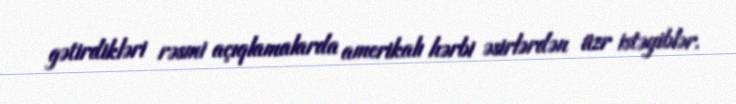
gətirdikləri rəsmi açıqlamalarda amerikalı hərbi əsirlərdən üzr istəyiblər.